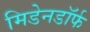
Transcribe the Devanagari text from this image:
मिडेनडॉर्फ